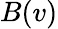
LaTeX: B(v)